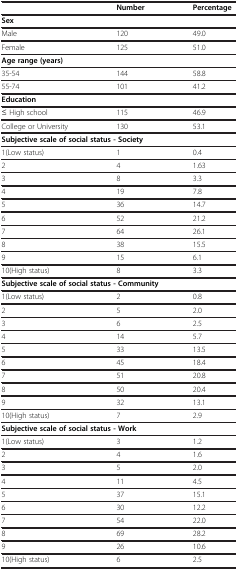
<table><thead><tr><td><b> </b></td><td><b>Number</b></td><td><b>Percentage</b></td></tr></thead><tbody><tr><td colspan="3"><b>Sex</b></td></tr><tr><td>Male</td><td>120</td><td>49.0</td></tr><tr><td>Female</td><td>125</td><td>51.0</td></tr><tr><td colspan="3"><b>Age range (years)</b></td></tr><tr><td>35-54</td><td>144</td><td>58.8</td></tr><tr><td>55-74</td><td>101</td><td>41.2</td></tr><tr><td colspan="3"><b>Education</b></td></tr><tr><td>≤ High school</td><td>115</td><td>46.9</td></tr><tr><td>College or University</td><td>130</td><td>53.1</td></tr><tr><td colspan="3"><b>Subjective scale of social status - Society</b></td></tr><tr><td>1(Low status)</td><td>1</td><td>0.4</td></tr><tr><td>2</td><td>4</td><td>1.63</td></tr><tr><td>3</td><td>8</td><td>3.3</td></tr><tr><td>4</td><td>19</td><td>7.8</td></tr><tr><td>5</td><td>36</td><td>14.7</td></tr><tr><td>6</td><td>52</td><td>21.2</td></tr><tr><td>7</td><td>64</td><td>26.1</td></tr><tr><td>8</td><td>38</td><td>15.5</td></tr><tr><td>9</td><td>15</td><td>6.1</td></tr><tr><td>10(High status)</td><td>8</td><td>3.3</td></tr><tr><td colspan="3"><b>Subjective scale of social status - Community</b></td></tr><tr><td>1(Low status)</td><td>2</td><td>0.8</td></tr><tr><td>2</td><td>5</td><td>2.0</td></tr><tr><td>3</td><td>6</td><td>2.5</td></tr><tr><td>4</td><td>14</td><td>5.7</td></tr><tr><td>5</td><td>33</td><td>13.5</td></tr><tr><td>6</td><td>45</td><td>18.4</td></tr><tr><td>7</td><td>51</td><td>20.8</td></tr><tr><td>8</td><td>50</td><td>20.4</td></tr><tr><td>9</td><td>32</td><td>13.1</td></tr><tr><td>10(High status)</td><td>7</td><td>2.9</td></tr><tr><td colspan="3"><b>Subjective scale of social status - Work</b></td></tr><tr><td>1(Low status)</td><td>3</td><td>1.2</td></tr><tr><td>2</td><td>4</td><td>1.6</td></tr><tr><td>3</td><td>5</td><td>2.0</td></tr><tr><td>4</td><td>11</td><td>4.5</td></tr><tr><td>5</td><td>37</td><td>15.1</td></tr><tr><td>6</td><td>30</td><td>12.2</td></tr><tr><td>7</td><td>54</td><td>22.0</td></tr><tr><td>8</td><td>69</td><td>28.2</td></tr><tr><td>9</td><td>26</td><td>10.6</td></tr><tr><td>10(High status)</td><td>6</td><td>2.5</td></tr></tbody></table>